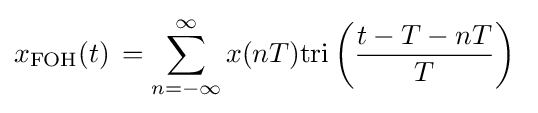
x_{\mathrm {FOH} }(t)\,=\sum _{n=-\infty }^{\infty }x(nT)\mathrm {tri} \left({\frac {t-T-nT}{T}}\right)\